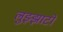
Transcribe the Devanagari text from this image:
लुझ्झाटो